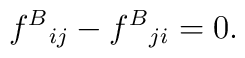
f^{B}{}_{ij} -f^{B}{}_{ji} =0.